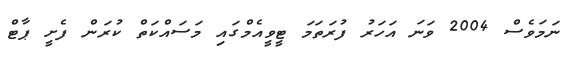
ނަމަވެސް 2004 ވަނަ އަހަރު ފުރަތަމަ ޓީވީއެމްގައި މަސައްކަތް ކުރަން ފެށީ ޕާޓް